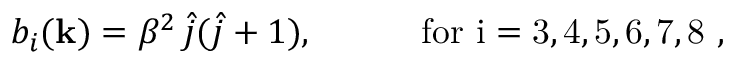
b _ { i } ( { \bf k } ) = \beta ^ { 2 } \, \hat { j } ( \hat { j } + 1 ) , \quad \quad \quad \mathrm { f o r ~ i = 3 , 4 , 5 , 6 , 7 , 8 ~ } ,